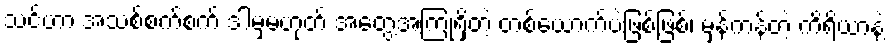
သင်ဟာ အသစ်စက်စက် ဒါမှမဟုတ် အတွေ့အကြုံရှိတဲ့ တစ်ယောက်ပဲဖြစ်ဖြစ်၊ မှန်ကန်တဲ့ ကိရိယာနဲ့